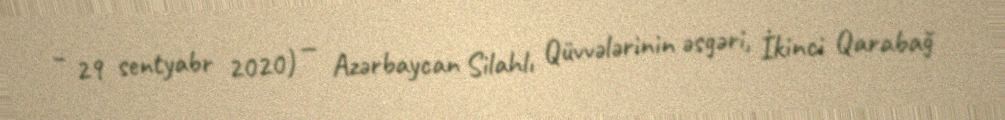
– 29 sentyabr 2020) — Azərbaycan Silahlı Qüvvələrinin əsgəri, İkinci Qarabağ